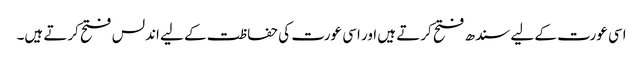
اسی عورت کے لیے سندھ فتح کرتے ہیں اور اسی عورت کی حفاظت کے لیے اندلس فتح کرتے ہیں۔